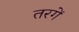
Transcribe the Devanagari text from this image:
तरगें